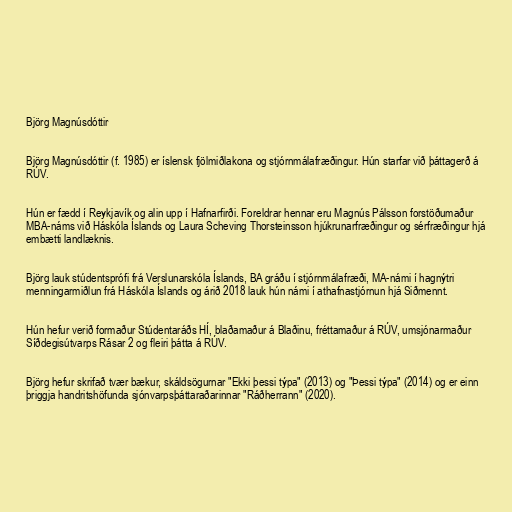
Björg Magnúsdóttir

Björg Magnúsdóttir (f. 1985) er íslensk fjölmiðlakona og stjórnmálafræðingur. Hún starfar við þáttagerð á
RÚV.

Hún er fædd í Reykjavík og alin upp í Hafnarfirði. Foreldrar hennar eru Magnús Pálsson forstöðumaður
MBA-náms við Háskóla Íslands og Laura Scheving Thorsteinsson hjúkrunarfræðingur og sérfræðingur hjá
embætti landlæknis.

Björg lauk stúdentsprófi frá Verslunarskóla Íslands, BA gráðu í stjórnmálafræði, MA-námi í hagnýtri
menningarmiðlun frá Háskóla Íslands og árið 2018 lauk hún námi í athafnastjórnun hjá Siðmennt.

Hún hefur verið formaður Stúdentaráðs HÍ, blaðamaður á Blaðinu, fréttamaður á RÚV, umsjónarmaður
Síðdegisútvarps Rásar 2 og fleiri þátta á RÚV.

Björg hefur skrifað tvær bækur, skáldsögurnar "Ekki þessi týpa" (2013) og "Þessi týpa" (2014) og er einn
þriggja handritshöfunda sjónvarpsþáttaraðarinnar "Ráðherrann" (2020).